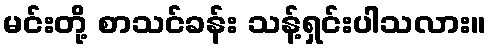
မင်းတို့ စာသင်ခန်း သန့်ရှင်းပါသလား။